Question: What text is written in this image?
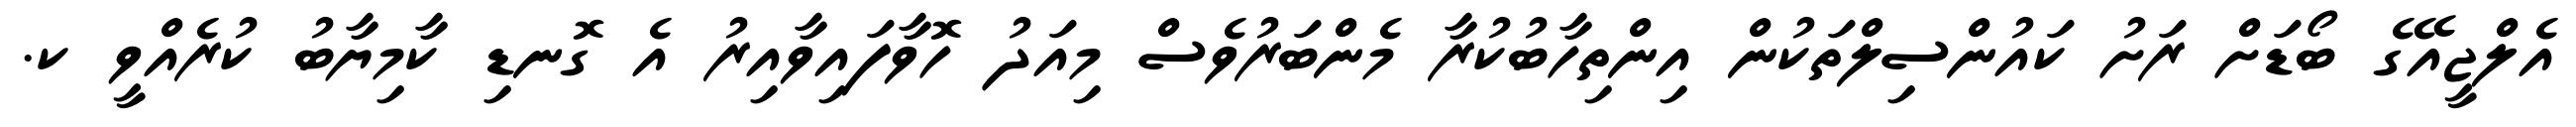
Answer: އެލްޖީއޭގެ ބޯޑަށް ރަށު ކައުންސިލްތަކުން އިންތިހާބުކުރާ މެންބަރުވެސް މިއަދު ހޮވާފައިވާއިރު އެ ގޮނޑި ކާމިޔާބު ކުރެއްވީ ކ.